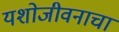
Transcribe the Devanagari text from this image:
यशोजीवनाचा